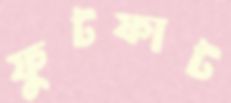
ফুটফাট